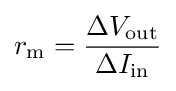
r_{\text{m}}={\frac {\Delta V_{\text{out}}}{\Delta I_{\text{in}}}}